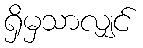
ရှိမှသာလျှင်